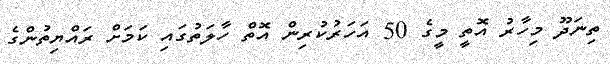
ތިނަދޫ މިހާރު އޮތީ މީގެ 50 އަހަރުކުރިން އޮތް ހާލަތުގައި ކަމަށް ރައްޔިތުންގެ